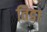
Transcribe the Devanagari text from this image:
तिडा